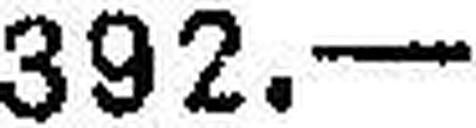
392.—